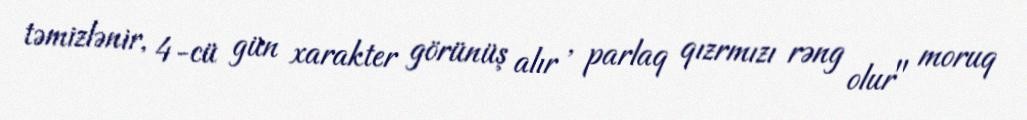
təmizlənir, 4-cü gün xarakter görünüş alır , parlaq qızrmızı rəng olur" moruq